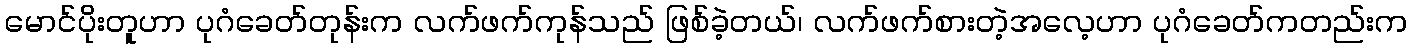
မောင်ပိုးတူဟာ ပုဂံခေတ်တုန်းက လက်ဖက်ကုန်သည် ဖြစ်ခဲ့တယ်၊ လက်ဖက်စားတဲ့အလေ့ဟာ ပုဂံခေတ်ကတည်းက